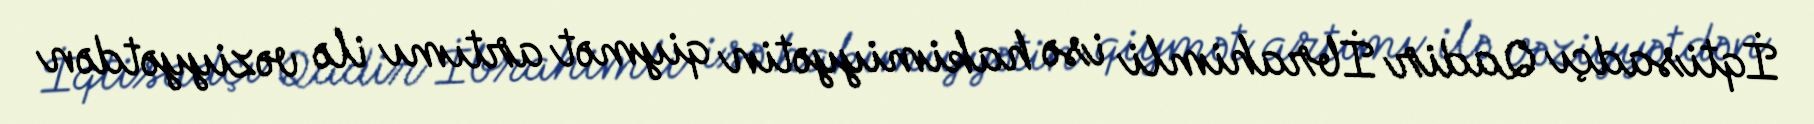
İqtisadçı Qadir İbrahimli isə hakimiyyətin qiymət artımı ilə vəziyyətdən